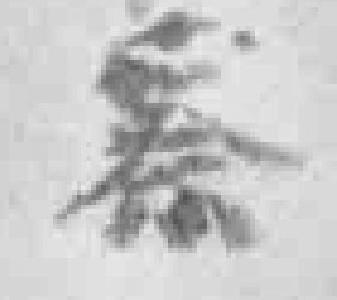
察